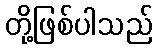
တို့ဖြစ်ပါသည်